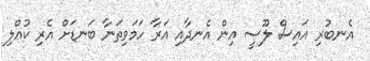
އެނބުރި އައިސް ލޫސީ އިން އެނދާއި އަރާ ހަމަވިތަނާ ބަނޑަށް އެރި ކުއްލި